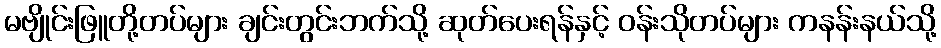
မဗျိုင်းဖြူတို့တပ်များ ချင်းတွင်းဘက်သို့ ဆုတ်ပေးရန်နှင့် ဝန်းသိုတပ်များ ကနန်းနယ်သို့